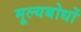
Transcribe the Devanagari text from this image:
मूल्यबोधों